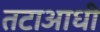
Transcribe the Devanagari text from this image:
तटाआधी